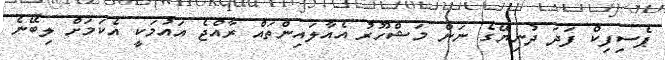
ޕެސިފިކް ފަދަ ދުނިޔޭގެ ނަން މަޝްހޫރު އެއާލައިންތައް ރާއްޖެ އައުމަކީ އެކަމަށް ލިބޭނެ